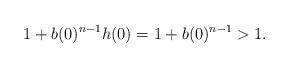
LaTeX: \begin{align*}1 + b(0)^{n-1}h(0) = 1 + b(0)^{n-1} > 1.\end{align*}